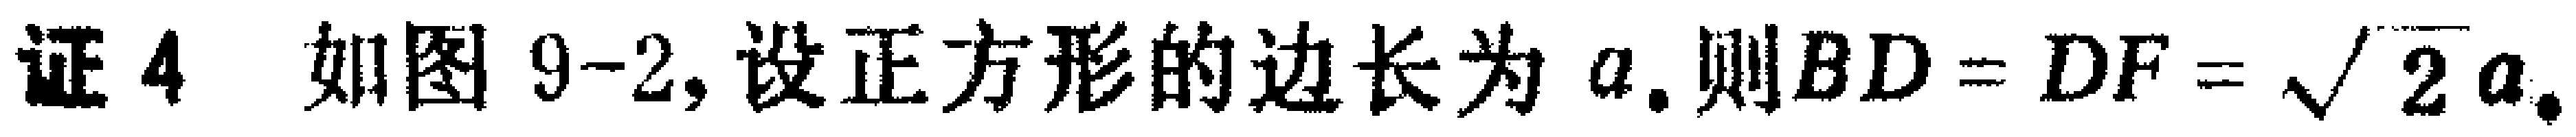
证4 如图9-2, 设正方形的边长为\(a\). 则\(BD = DF=\sqrt{2}a\).